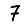
Digit: 7